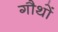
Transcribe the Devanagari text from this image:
गौथों